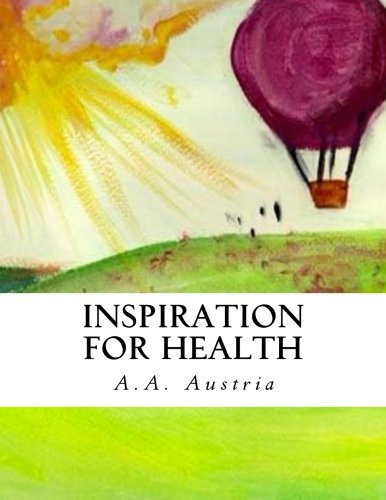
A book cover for Inspiration for Health: My Family's Macrobiotic Recipes; A. A. Austria; Health, Fitness & Dieting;